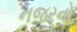
નજરનો